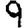
Digit: 9